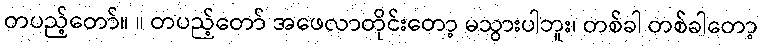
တပည့်တော်။ ။ တပည့်တော် အဖေလာတိုင်းတော့ မသွားပါဘူး၊ တစ်ခါ တစ်ခါတော့